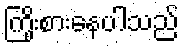
ကြိုးစားနေပါသည်